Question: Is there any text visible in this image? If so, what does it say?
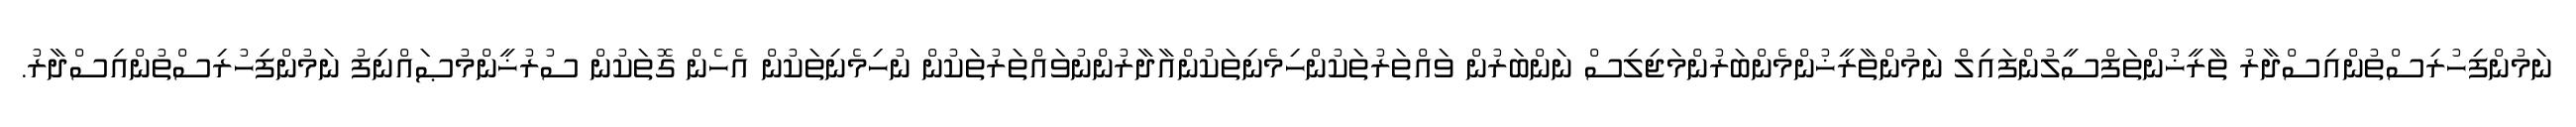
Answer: ނަމުންފިހުރިސްތުންއިސްދާރު ތާރީޚުންތަފްސީލުންފައިލް ނަމުންތާރީޚުންމެންބަރުންމަޖިލިސް ނަންބަރުން ވައްތަރުތަކުންހިމެނިތަކުންއާދާރުންނުވައްތަރުތަކުން ނުހިމެނިތަކުން އެހެން ގޮތަކުން ސުރުޚީންމުޞައްނިފު ނަމުންފިހުރިސްތުންއިސްދާރު.